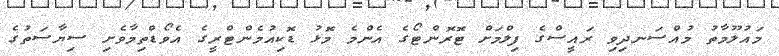
މައުލޫމާތު މުއްސަނދިވި ރައީސްގެ ފިލްމަށް ޓޮރޮންޓޯގެ އެންމެ މޮޅު ޑޮކިއުމެންޓްރީގެ އެވޯޑްތިމާވެށި ސިޔާސަތުގެ